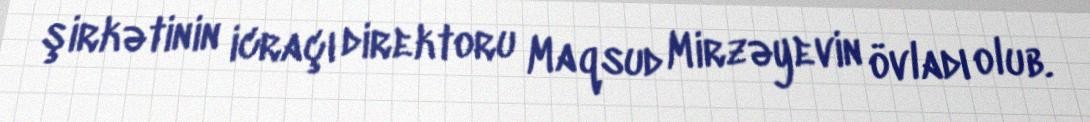
şirkətinin icraçı direktoru Maqsud Mirzəyevin övladı olub.